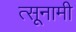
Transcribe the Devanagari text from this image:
त्सूनामी